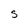
Character: S